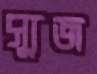
স্যুজ